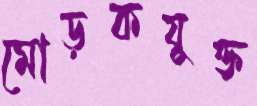
মোড়কযুক্ত